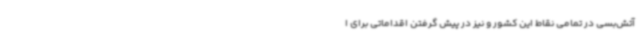
آتش‌بسی در تمامی نقاط این کشور و نیز در پیش گرفتن اقداماتی برای ا